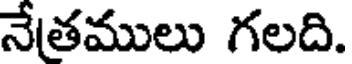
నేతములు గలది.